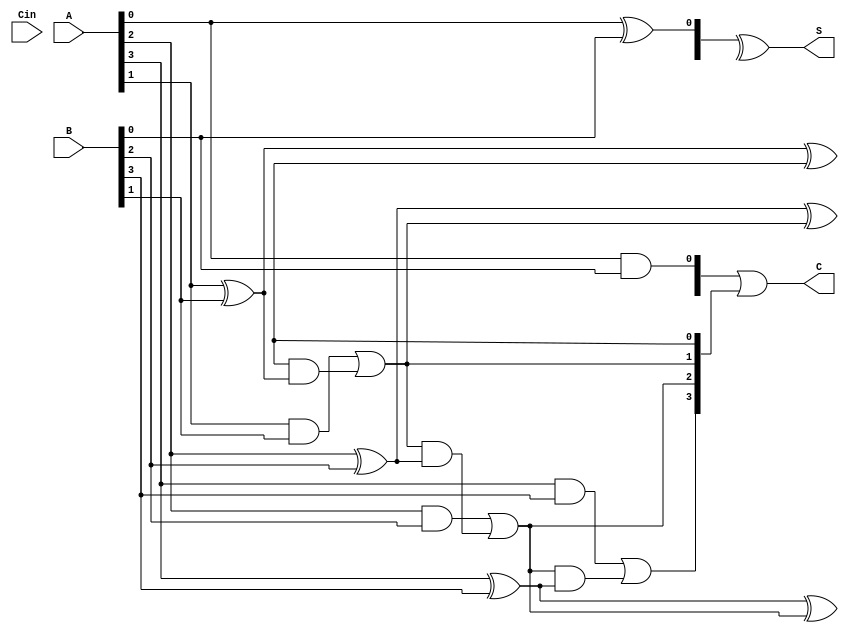
module CarrySaveAdder #(parameter n = 4) (
    input  [n-1:0] A,     // First n-bit input
    input  [n-1:0] B,     // Second n-bit input
    input         Cin,     // Carry input
    output [n-1:0] S,      // Sum output
    output [n:0] C         // Carry output (1 extra bit for carry out)
);
    
    // Internal wires to hold carry and sum values
    wire [n-1:0] HA_sum;
    wire [n-1:0] HA_carry;
    wire [n-1:0] FA_sum;
    wire [n-1:0] FA_carry;

    // Generate half adders for each bit
    genvar i;
    generate
        for (i = 0; i < n; i = i + 1) begin : half_adder
            if (i == 0) begin
                // First bit uses a half adder for A and B
                assign HA_sum[i] = A[i] ^ B[i];           // Sum
                assign HA_carry[i] = A[i] & B[i];         // Carry
            end
            else begin
                // Subsequent bits are processed by full adders
                assign FA_sum[i] = A[i] ^ B[i] ^ FA_carry[i-1]; // Sum
                assign FA_carry[i] = (A[i] & B[i]) | (FA_carry[i-1] & (A[i] ^ B[i])); // Carry
            end
        end
    endgenerate

    // Assign the final sum and carry outputs
    assign S = HA_sum ^ FA_sum; // Final sum output
    assign C = {FA_carry[n-1], HA_carry} | {1'b0, FA_carry}; // Final carry output

endmodule